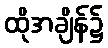
ထိုအချိန်၌